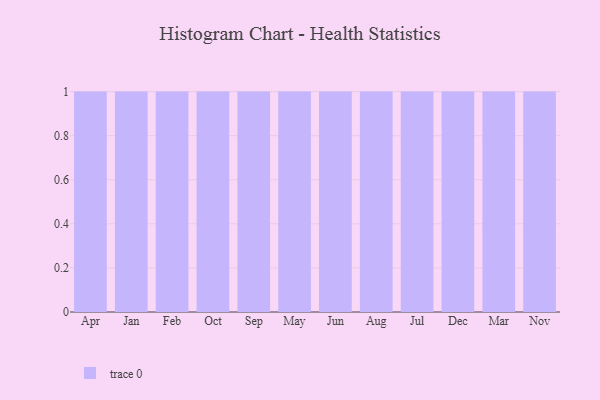
{"axis": {"x": "Month", "y": "Waste Production (Tons)"}, "legend": [""], "data": [{"x": "Apr", "y": 10, "type": ""}, {"x": "Jan", "y": 44, "type": ""}, {"x": "Feb", "y": 11, "type": ""}, {"x": "Oct", "y": 70, "type": ""}, {"x": "Sep", "y": 74, "type": ""}, {"x": "May", "y": 64, "type": ""}, {"x": "Jun", "y": 62, "type": ""}, {"x": "Aug", "y": 84, "type": ""}, {"x": "Jul", "y": 24, "type": ""}, {"x": "Dec", "y": 13, "type": ""}, {"x": "Mar", "y": 45, "type": ""}, {"x": "Nov", "y": 11, "type": ""}]}